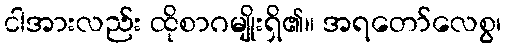
ငါအားလည်း ထိုစာဂမျိုးရှိ၏။ အရတော်လေစွ၊